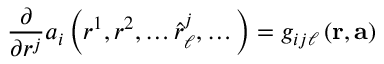
\frac { \partial } { \partial r ^ { j } } a _ { i } \left( r ^ { 1 } , r ^ { 2 } , \dots \hat { r } _ { \ell } ^ { j } , \dots \right) = g _ { i j \ell } \left( \mathbf { r } , \mathbf { a } \right)